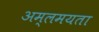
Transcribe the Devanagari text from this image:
अम्लमयता